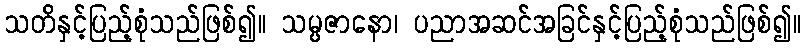
သတိနှင့်ပြည့်စုံသည်ဖြစ်၍။ သမ္ပဇာနော၊ ပညာအဆင်အခြင်နှင့်ပြည့်စုံသည်ဖြစ်၍။